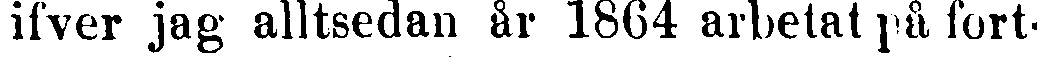
ifver jag alltsedan år 1864 arbetat på fort-